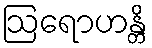
ဩရောဟန္တိ